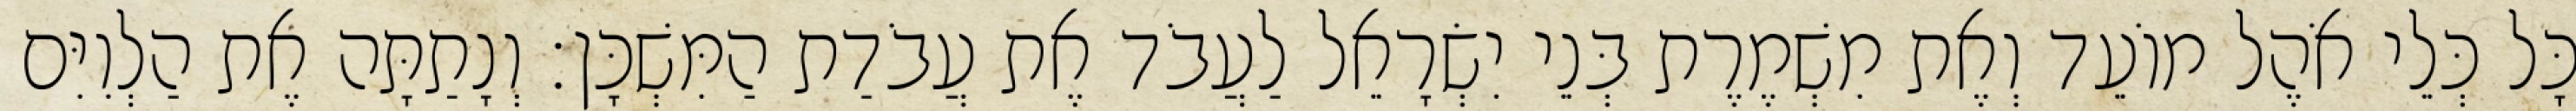
כָּל כְּלֵי אֹהֶל מוֹעֵד וְאֶת מִשְׁמֶרֶת בְּנֵי יִשְׂרָאֵל לַעֲבֹד אֶת עֲבֹדַת הַמִּשְׁכָּן׃ וְנָתַתָּה אֶת הַלְוִיִּם